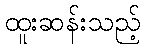
ထူးဆန်းသည့်